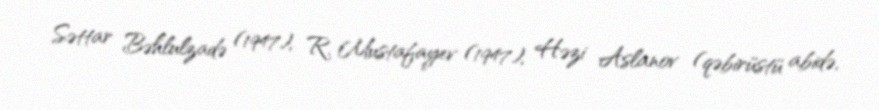
Səttar Bəhlulzadə (1947), R. Mustafayev (1947), Həzi Aslanov (qəbirüstü abidə,